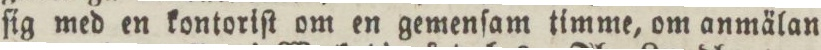
ſig med en kontoriſt om en gemenſam timme, om anmälan